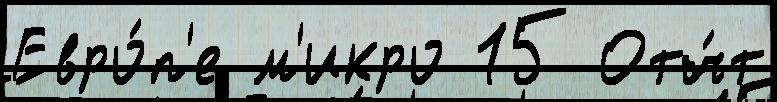
Евро́п'е м'икро 15 Отч́т